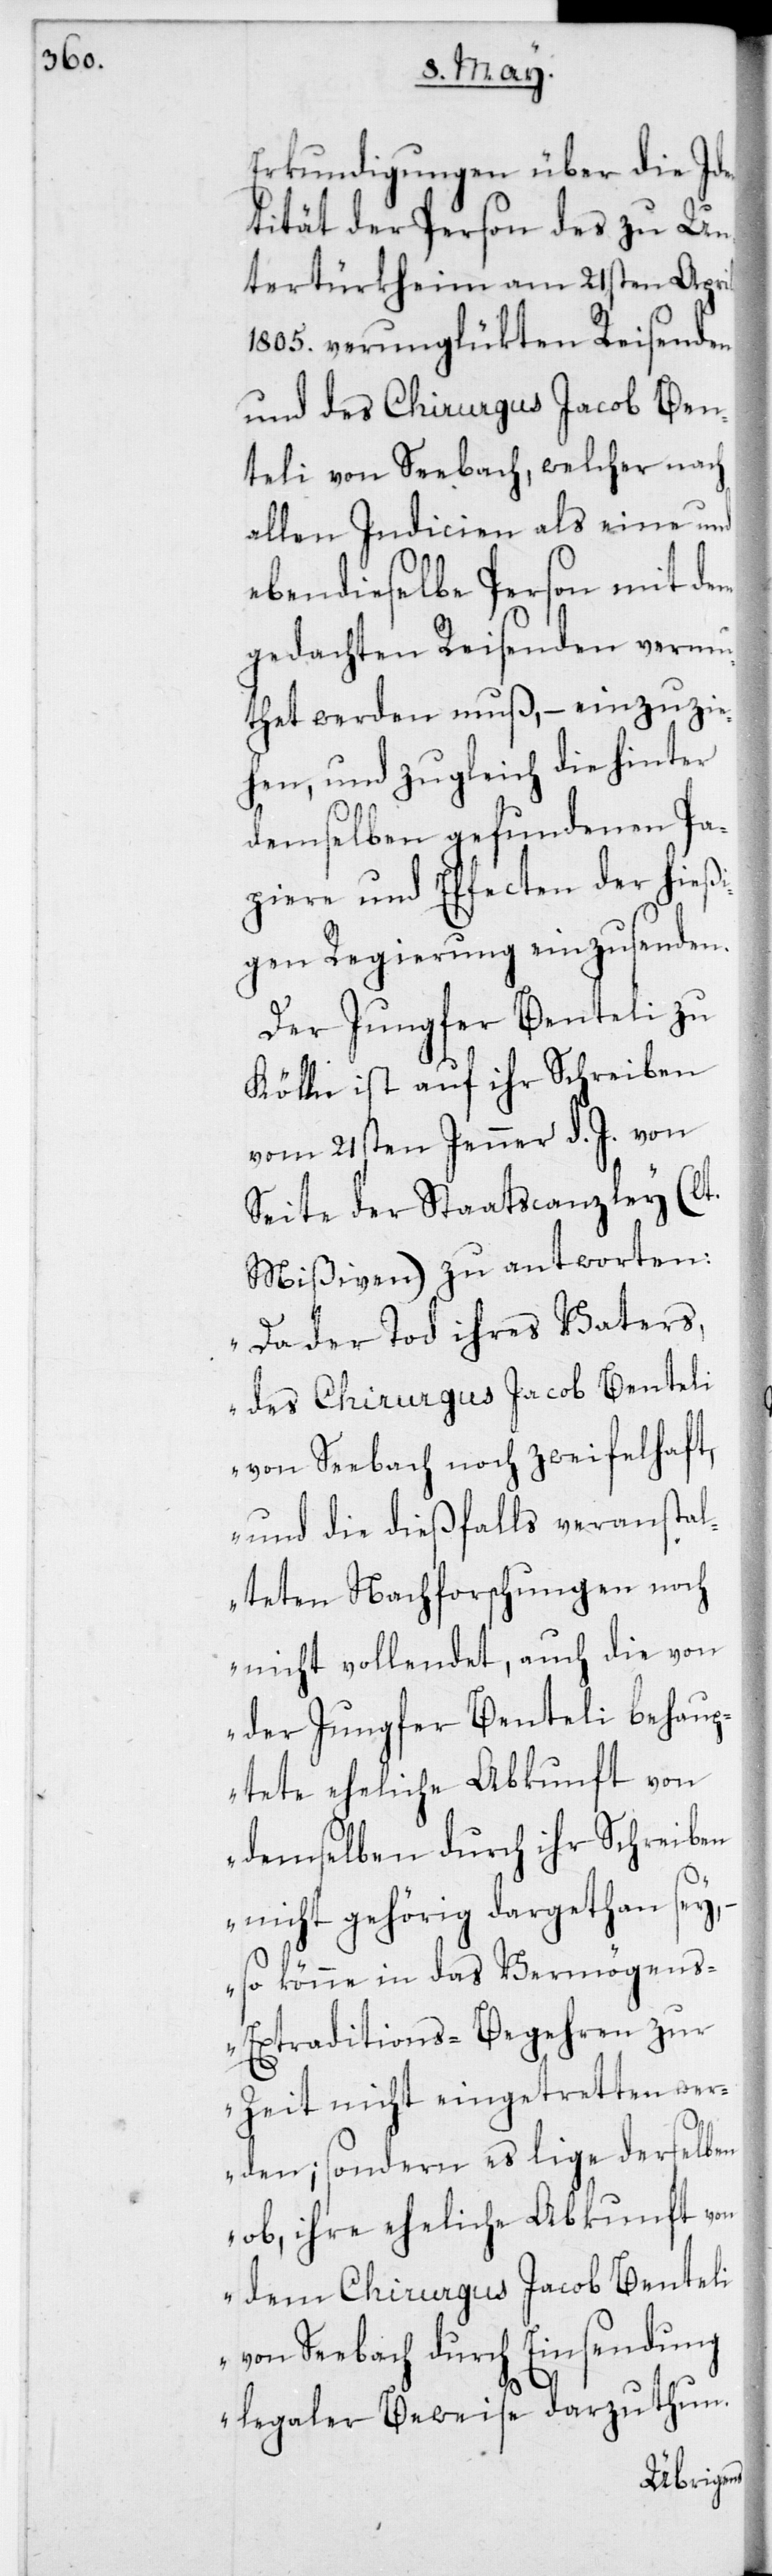
Erkundigungen über die Ide¬
ntität der Person des zu Un¬
tertürkheim am 21sten Aprill
1805. verunglükten Reisenden
und des Chirurgus Jacob Ben¬
teli von Seebach, welcher nach
allen Indicien als eine und
ebendieselbe Person mit dem
gedachten Reisenden vermu¬
thet werden muß, – einzuzi¬
ehen, und zugleich die hinter
demselben gefundenen Pa¬
piere und Effecten der hießi¬
gen Regierung einzusenden.
Der Jungfer Benteli zu
Kölln ist auf ihr Schreiben
vom 21sten Jenner d. J. von
Seite der Staatscanzley (lt.
Mißiven) zu antworten:
„Da der Tod ihres Vaters,
des Chirurgus Jacob Benteli
von Seebach noch zweifelhaft,
und die dießfalls veranstal¬
teten Nachforschungen noch
nicht vollendet, auch die von
der Jungfer Benteli behaup¬
tete eheliche Abkunft von
demselben durch ihr Schreiben
nicht gehörig dargetan sey,
– so könne in das Vermögen¬
s-Extraditions-Begehren zur
Zeit nicht eingetretten wer¬
den; sondern es lige derselben
ob, ihre eheliche Abkunft von
dem Chirurgus Jacob Benteli
von Seebach durch Einsendung
legaler Beweise darzuthun.